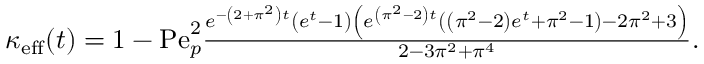
\begin{array} { r } { \kappa _ { \mathrm { e f f } } ( t ) = 1 - \mathrm { P e } _ { p } ^ { 2 } \frac { e ^ { - \left( 2 + \pi ^ { 2 } \right) t } \left( e ^ { t } - 1 \right) \left( e ^ { \left( \pi ^ { 2 } - 2 \right) t } \left( \left( \pi ^ { 2 } - 2 \right) e ^ { t } + \pi ^ { 2 } - 1 \right) - 2 \pi ^ { 2 } + 3 \right) } { 2 - 3 \pi ^ { 2 } + \pi ^ { 4 } } . } \end{array}